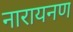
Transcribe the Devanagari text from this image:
नारायनण